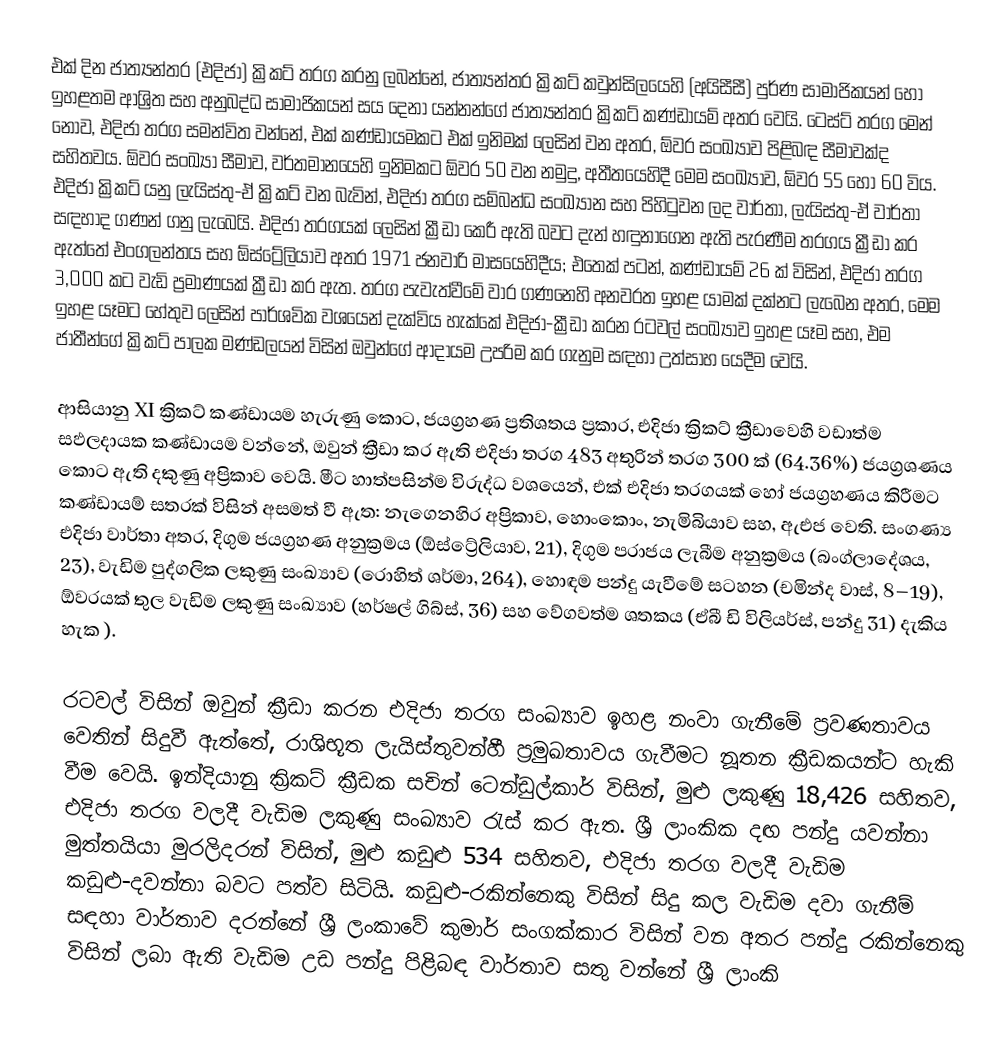
එක් දින ජාත්‍යන්තර (එදිජා) ක්‍රිකට් තරග කරනු ලබන්නේ,  ජාත්‍යන්තර ක්‍රිකට් කවුන්සිලයෙහි (අයිසීසී) පුර්ණ සාමාජිකයන් හෝ   ඉහළතම ආශ්‍රිත සහ අනුබද්ධ සාමාජිකයන් සය දෙනා යන්නන්ගේ ජාත්‍යන්තර ක්‍රිකට් කණ්ඩායම් අතර වෙයි.  ටෙස්ට් තරග මෙන් නොව, එදිජා තරග සමන්විත වන්නේ, එක් කණ්ඩායමකට  එක් ඉනිමක් ලෙසින් වන අතර, ඕවර සංඛ්‍යාව පිළිබඳ සීමාවක්ද සහිතවය. ඕවර සංඛ්‍යා සීමාව,  වර්තමානයෙහි ඉනිමකට ඕවර 50 වන නමුදු, අතීතයෙහිදී මෙම සංඛ්‍යාව, ඕවර 55 හෝ 60 විය.  එදිජා ක්‍රිකට් යනු ලැයිස්තු-ඒ ක්‍රිකට් වන බැවින්, එදිජා තරග සම්බන්ධ සංඛ්‍යාන සහ පිහිටුවන ලද වාර්තා, ලැයිස්තු-ඒ වාර්තා සඳහාද ගණන් ගනු ලැබෙයි. එදිජා තරගයක් ලෙසින් ක්‍රීඩා කෙරී ඇති බවට දැන් හඳුනාගෙන ඇති පැරණීම තරගය ක්‍රීඩා කර ඇත්තේ එංගලන්තය සහ  ඕස්ට්‍රේලියාව අතර 1971 ජනවාරි මාසයෙහිදීය; එතෙක් පටන්, කණ්ඩායම් 26 ක් විසින්, එදිජා තරග   3,000 කට වැඩි ප්‍රමාණයක් ක්‍රීඩා කර ඇත. තරග පැවැත්වීමේ වාර ගණනෙහි අනවරත ඉහළ යාමක් දක්නට ලැබෙන අතර, මෙම ඉහළ යෑමට හේතුව ලෙසින් පාර්ශවික වශයෙන් දැක්විය හැක්කේ එදිජා-ක්‍රීඩා කරන රටවල් සංඛ්‍යාව ඉහළ යෑම සහ, එම ජාතීන්ගේ ක්‍රිකට් පාලක මණ්ඩලයන් විසින් ඔවුන්ගේ ආදායම උපරිම කර ගැනුම සඳහා උත්සාහ යෙදීම වෙයි.

ආසියානු XI ක්‍රිකට් කණ්ඩායම හැරුණු කොට, ජයග්‍රහණ ප්‍රතිශතය ප්‍රකාර, එදිජා ක්‍රිකට් ක්‍රීඩාවෙහි  වඩාත්ම සඵලදායක කණ්ඩායම වන්නේ, ඔවුන් ක්‍රීඩා කර ඇති එදිජා තරග 483 අතුරින් තරග 300 ක් (64.36%) ජයග්‍රශණය කොට ඇති දකුණු අප්‍රිකාව වෙයි. මීට හාත්පසින්ම විරුද්ධ වශයෙන්, එක් එදිජා තරගයක් හෝ ජයග්‍රහණය කිරීමට කණ්ඩායම් සතරක් විසින් අසමත් වී ඇත: නැගෙනහිර අප්‍රිකාව, හොංකොං, නැමිබියාව සහ, ඇඑජ වෙති.  සංගණ්‍ය එදිජා වාර්තා අතර, දිගුම ජයග්‍රහණ අනුක්‍රමය (ඕස්ට්‍රේලියාව, 21), දිගුම පරාජය ලැබීම අනුක්‍රමය (බංග්ලාදේශය, 23), වැඩිම පුද්ගලික ලකුණු සංඛ්‍යාව (රොහිත් ශර්මා, 264), හොඳම පන්දු යැවීමේ සටහන (චමින්ද වාස්, 8–19), ඕවරයක් තුල වැඩිම ලකුණු සංඛ්‍යාව (හර්ෂල් ගිබ්ස්, 36) සහ වේගවත්ම ශතකය (ඒබී ඩි විලියර්ස්, පන්දු 31) දැකිය හැක ).

රටවල් විසින් ඔවුන් ක්‍රීඩා කරන එදිජා තරග සංඛ්‍යාව ඉහළ නංවා ගැනීමේ ප්‍රවණතාවය වෙතින් සිදුවී ඇත්තේ, රාශිභූත ලැයිස්තුවන්හී ප්‍රමුඛතාවය ගැවීමට නූතන ක්‍රීඩකයන්ට හැකි වීම වෙයි. ඉන්දියානු ක්‍රිකට් ක්‍රීඩක සචින් ටෙන්ඩුල්කාර් විසින්, මුළු ලකුණු 18,426 සහිතව, එදිජා තරග වලදී වැඩිම ලකුණු සංඛ්‍යාව රැස් කර ඇත. ශ්‍රී ලාංකික දඟ පන්දු යවන්නා මුත්තයියා මුරලිදරන් විසින්, මුළු කඩුළු  534 සහිතව, එදිජා තරග වලදී වැඩිම කඩුළු-දවන්නා බවට පත්ව සිටියි. කඩුළු-රකින්නෙකු විසින් සිදු කල වැඩිම  දවා ගැනීම් සඳහා වාර්තාව දරන්නේ ශ්‍රී ලංකාවේ කුමාර් සංගක්කාර විසින් වන අතර  පන්දු රකින්නෙකු  විසින් ලබා ඇති වැඩිම  උඩ පන්දු පිළිබඳ වාර්තාව සතු වන්නේ ශ්‍රී ලාංකි